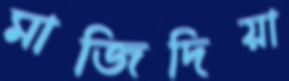
মাজিদিয়া